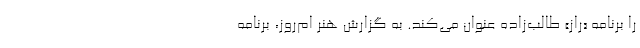
را برنامه «راز» طالب‌زاده عنوان می‌کند. به گزارش هنر ام‌روز، برنامه